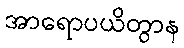
အာရောပယိတွာန